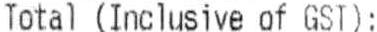
TOTAL (INCLUSIVE OF GST):